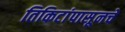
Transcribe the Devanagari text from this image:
तिकिटांपासूनचे